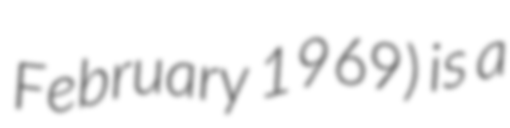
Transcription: February 1969) is a